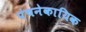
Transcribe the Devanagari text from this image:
पंचनेकायिक